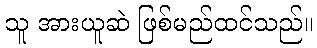
သူ အားယူဆဲ ဖြစ်မည်ထင်သည်။